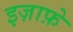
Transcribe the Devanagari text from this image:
इज़ाफ़े